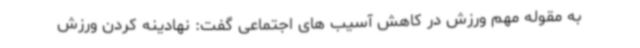
به مقوله مهم ورزش در کاهش آسیب های اجتماعی گفت: نهادینه کردن ورزش